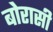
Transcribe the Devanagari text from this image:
बोरासी